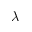
\lambda